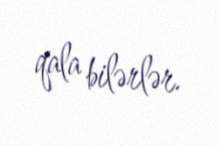
qala bilərlər.